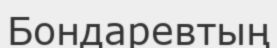
Бондаревтың